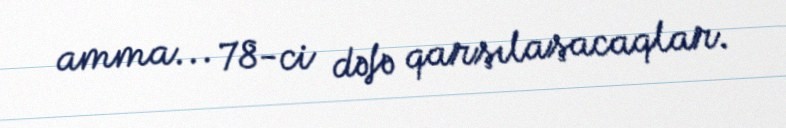
amma... 78-ci dəfə qarşılaşacaqlar.